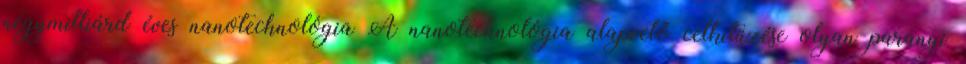
négymilliárd éves nanotechnológia A nanotechnológia alapvető célkitűzése olyan parányi